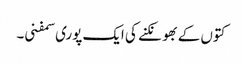
کتوں کے بھونکنے کی ایک پوری سمفنی۔